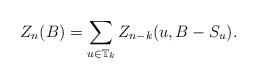
LaTeX: \begin{align*} Z_n(B)=\sum_{u\in \mathbb{T}_k} Z_{n-k}(u, B-S_u).\end{align*}